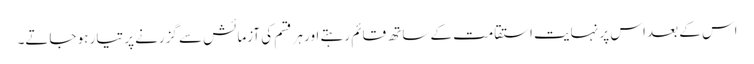
اس کے بعد اس پر نہایت استقامت کے ساتھ قائم رہتے اور ہر قسم کی آزمائش سے گزرنے پر تیار ہو جاتے۔